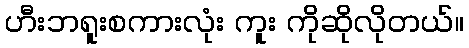
ဟီးဘရူးစကားလုံး ကူး ကိုဆိုလိုတယ်။